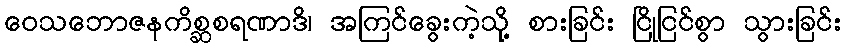
ဝေသဘောဇနကိစ္ဆစရဏာဒိ၊ အကြင်ခွေးကဲ့သို့ စားခြင်း ငြိုငြင်စွာ သွားခြင်း